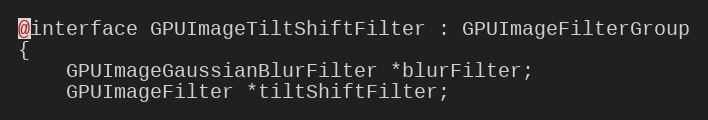
Language: C
@interface GPUImageTiltShiftFilter : GPUImageFilterGroup
{
    GPUImageGaussianBlurFilter *blurFilter;
    GPUImageFilter *tiltShiftFilter;